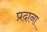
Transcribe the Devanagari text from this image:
प्रदाना